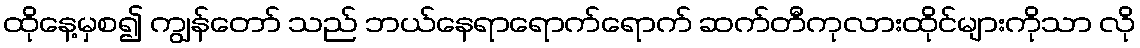
ထိုနေ့မှစ၍ ကျွန်တော် သည် ဘယ်နေရာရောက်ရောက် ဆက်တီကုလားထိုင်များကိုသာ လို